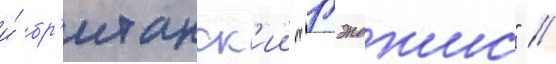
и́ бр'итанск'ии "гэнджис" //